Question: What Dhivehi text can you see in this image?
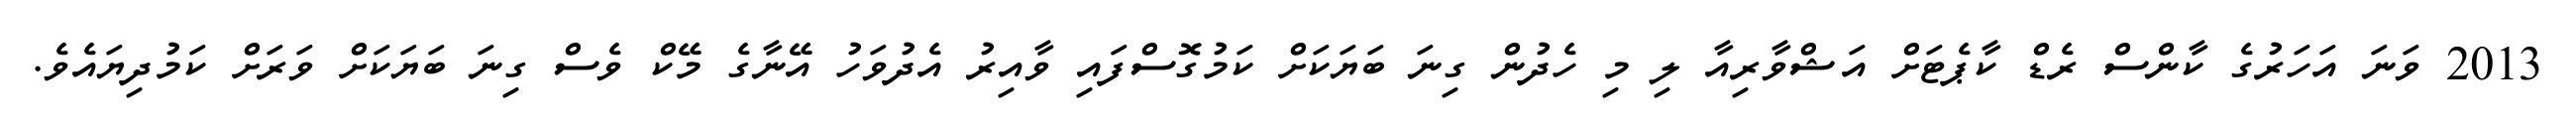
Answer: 2013 ވަނަ އަހަރުގެ ކާންސް ރެޑް ކާޕެޓަށް އަޝްވާރިއާ ލި މި ހެދުން ގިނަ ބަޔަކަށް ކަމުގޮސްފައި ވާއިރު އެދުވަހު އޭނާގެ މޭކް ވެސް ގިނަ ބަޔަކަށް ވަރަށް ކަމުދިޔައެވެ.